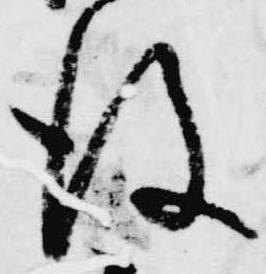
後